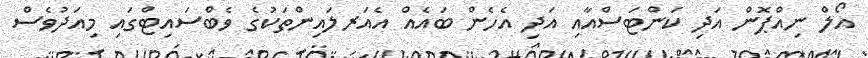
އޯލް ނިއްޕޮން އަދި ކަންޓަސްއާއި އަދި އެހެން ބައެއް އެއަރލައިންތަކުގެ ވެބްސައިޓްގައި މިއަދުވެސް